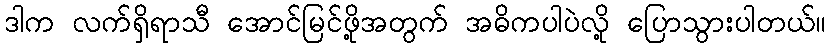
ဒါက လက်ရှိရာသီ အောင်မြင်ဖို့အတွက် အဓိကပါပဲလို့ ပြောသွားပါတယ်။